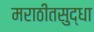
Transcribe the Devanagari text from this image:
मराठीतसुद्धा